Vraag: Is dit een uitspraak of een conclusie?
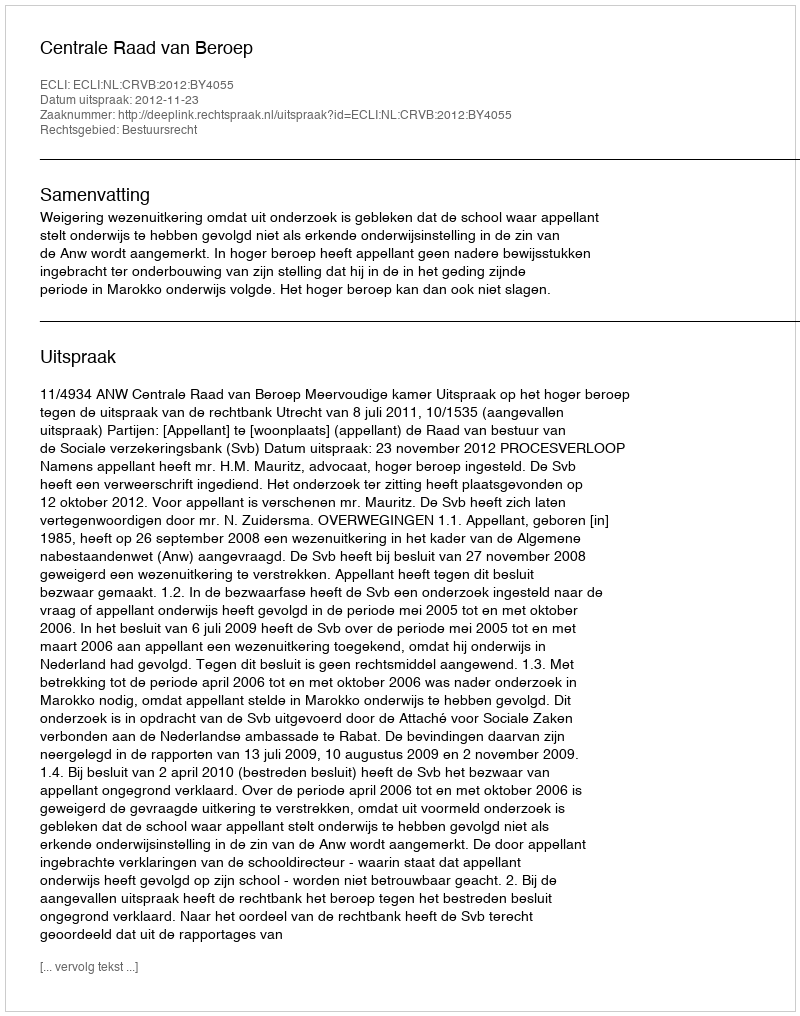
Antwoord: Uitspraak